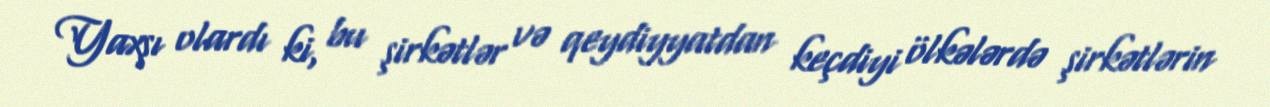
Yaxşı olardı ki, bu şirkətlər və qeydiyyatdan keçdiyi ölkələrdə şirkətlərin